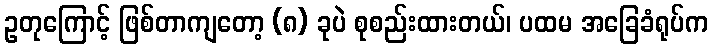
ဥတုကြောင့် ဖြစ်တာကျတော့ (၈) ခုပဲ စုစည်းထားတယ်၊ ပထမ အခြေခံရုပ်က